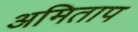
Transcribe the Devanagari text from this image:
अमिताप